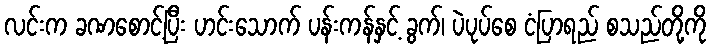
လင်းက ခဏစောင့်ပြီး ဟင်းသောက် ပန်းကန်နှင့် ခွက်၊ ပဲပုပ်စေ ငံပြာရည် စသည်တို့ကို